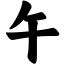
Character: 午